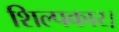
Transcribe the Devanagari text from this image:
शिल्पकार।